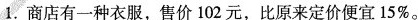
1.商店有一种衣服，售价102元，比原来定价便宜15%。